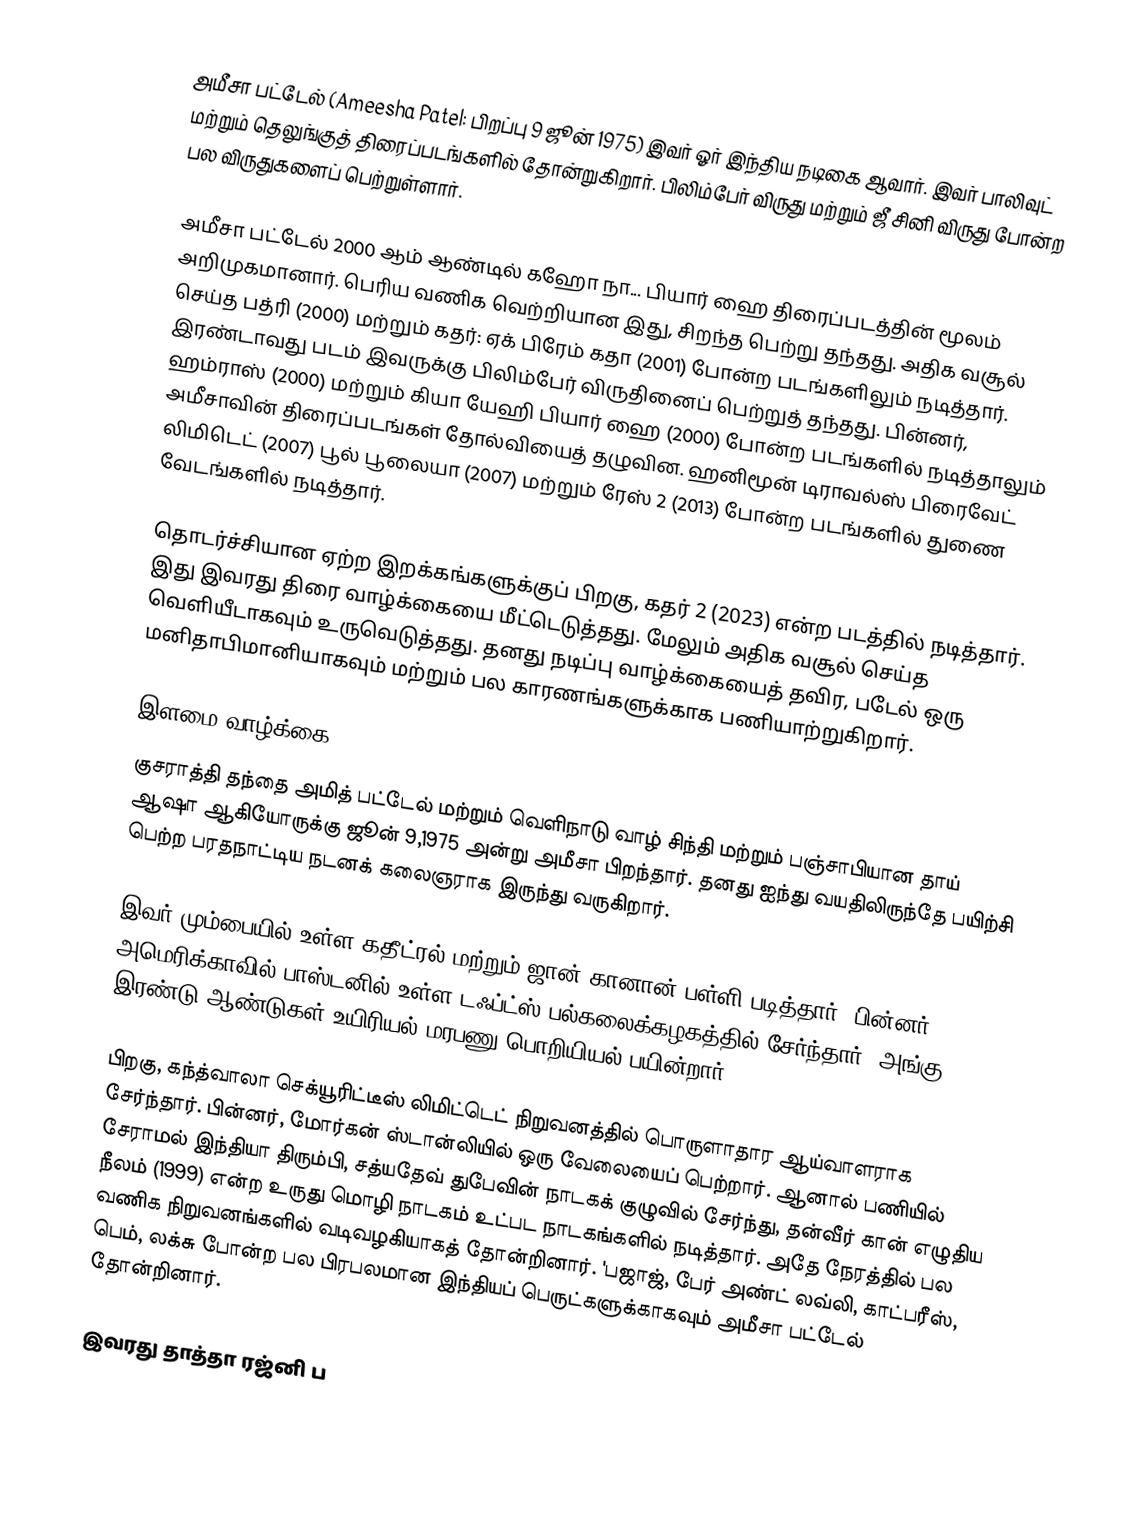
அமீசா பட்டேல் (Ameesha Patel: பிறப்பு 9 ஜூன் 1975) இவர் ஓர் இந்திய நடிகை ஆவார். இவர் பாலிவுட் மற்றும் தெலுங்குத் திரைப்படங்களில் தோன்றுகிறார். பிலிம்பேர் விருது மற்றும் ஜீ சினி விருது போன்ற பல விருதுகளைப் பெற்றுள்ளார்.

அமீசா பட்டேல் 2000 ஆம் ஆண்டில் கஹோ நா... பியார் ஹை  திரைப்படத்தின் மூலம் அறிமுகமானார். பெரிய வணிக வெற்றியான இது, சிறந்த பெற்று தந்தது. அதிக வசூல் செய்த பத்ரி (2000) மற்றும் கதர்: ஏக் பிரேம் கதா (2001) போன்ற படங்களிலும் நடித்தார். இரண்டாவது படம் இவருக்கு பிலிம்பேர் விருதினைப் பெற்றுத் தந்தது. பின்னர், ஹம்ராஸ் (2000) மற்றும் கியா யேஹி பியார் ஹை (2000) போன்ற படங்களில் நடித்தாலும் அமீசாவின் திரைப்படங்கள் தோல்வியைத் தழுவின. ஹனிமூன் டிராவல்ஸ் பிரைவேட் லிமிடெட் (2007) பூல் பூலையா (2007) மற்றும் ரேஸ் 2 (2013) போன்ற படங்களில் துணை வேடங்களில் நடித்தார்.

தொடர்ச்சியான ஏற்ற இறக்கங்களுக்குப் பிறகு, கதர் 2 (2023) என்ற படத்தில் நடித்தார். இது இவரது திரை வாழ்க்கையை மீட்டெடுத்தது. மேலும் அதிக வசூல் செய்த வெளியீடாகவும் உருவெடுத்தது. தனது நடிப்பு வாழ்க்கையைத் தவிர, படேல் ஒரு மனிதாபிமானியாகவும் மற்றும் பல காரணங்களுக்காக பணியாற்றுகிறார்.

இளமை வாழ்க்கை
குசராத்தி தந்தை அமித் பட்டேல் மற்றும் வெளிநாடு வாழ் சிந்தி மற்றும் பஞ்சாபியான தாய் ஆஷா ஆகியோருக்கு ஜூன் 9,1975 அன்று அமீசா பிறந்தார். தனது ஐந்து வயதிலிருந்தே பயிற்சி பெற்ற பரதநாட்டிய நடனக் கலைஞராக இருந்து வருகிறார்.

இவர் மும்பையில் உள்ள கதீட்ரல் மற்றும் ஜான் கானான் பள்ளி படித்தார். பின்னர் அமெரிக்காவில் பாஸ்டனில் உள்ள டஃப்ட்ஸ் பல்கலைக்கழகத்தில் சேர்ந்தார். அங்கு இரண்டு ஆண்டுகள் உயிரியல் மரபணு பொறியியல் பயின்றார்.

பிறகு, கந்த்வாலா செக்யூரிட்டீஸ் லிமிட்டெட் நிறுவனத்தில் பொருளாதார ஆய்வாளராக சேர்ந்தார்.  பின்னர், மோர்கன் ஸ்டான்லியில் ஒரு வேலையைப் பெற்றார். ஆனால் பணியில் சேராமல் இந்தியா திரும்பி, சத்யதேவ் துபேவின் நாடகக் குழுவில் சேர்ந்து, தன்வீர் கான் எழுதிய நீலம் (1999) என்ற உருது மொழி நாடகம் உட்பட நாடகங்களில் நடித்தார். அதே நேரத்தில் பல வணிக நிறுவனங்களில் வடிவழகியாகத் தோன்றினார். 'பஜாஜ், பேர் அண்ட் லவ்லி, காட்பரீஸ், பெம், லக்சு போன்ற பல பிரபலமான இந்தியப் பெருட்களுக்காகவும் அமீசா பட்டேல் தோன்றினார்.

இவரது தாத்தா ரஜ்னி ப